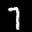
Label: 7